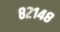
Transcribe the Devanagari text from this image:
८२१४८